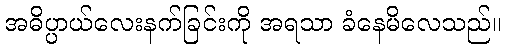
အဓိပ္ပာယ်လေးနက်ခြင်းကို အရသာ ခံနေမိလေသည်။